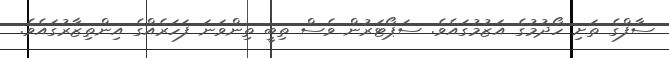
ސާފްގެ ތަށި ހޯދުމުގެ އަޒުމުގައެވެ. ސަޕޯޓަރުން ވެސް ތިބީ ތިންވަނަ ފަހަރެއްގެ އިންތިޒާރުގައެވެ.